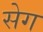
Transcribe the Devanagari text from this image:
सेग